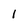
Character: 1